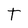
Character: T